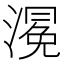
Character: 𭲀